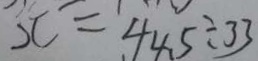
x = 4 4 . 5 \div 3 3